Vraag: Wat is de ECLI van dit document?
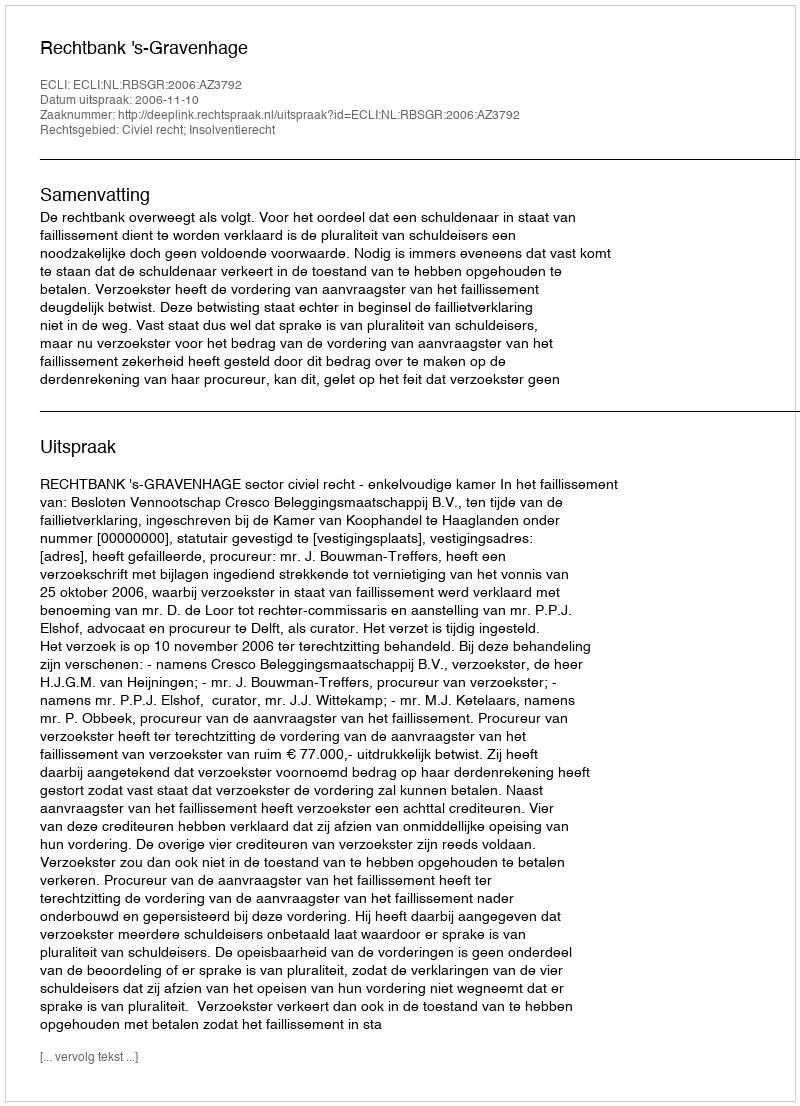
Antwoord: ECLI:NL:RBSGR:2006:AZ3792